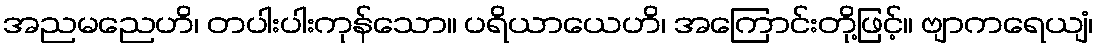
အညမညေဟိ၊ တပါးပါးကုန်သော။ ပရိယာယေဟိ၊ အကြောင်းတို့ဖြင့်။ ဗျာကရေယျံ၊